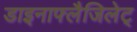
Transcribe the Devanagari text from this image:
डाइनाफ्लैजिलेट्